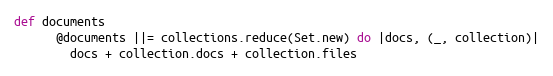
Language: Ruby
def documents
      @documents ||= collections.reduce(Set.new) do |docs, (_, collection)|
        docs + collection.docs + collection.files